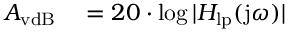
\begin{array} { r l } { A _ { \mathrm { v d B } } } & { { } = 2 0 \cdot \log | H _ { \mathrm { l p } } ( \mathrm { j } \omega ) | } \end{array}